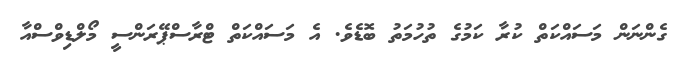
ގެންނަން މަސައްކަތް ކުރާ ކަމުގެ ތުހުމަތު ބޮޑެވެ. އެ މަސައްކަތް ޓްރާސްޕޭރަންސީ މޯލްޑިވްސްއާ